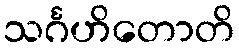
သင်္ဂဟိတောတိ